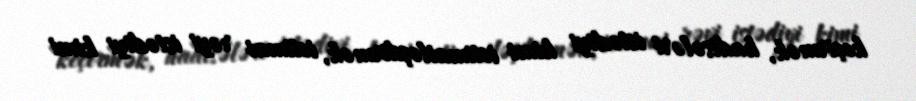
keçirmək, hadisələri istədiyi kimi ictimailəşdirmək, ictimai rəyi istədiyi kimi